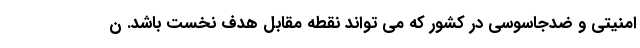
امنیتی و ضدجاسوسی در کشور که می تواند نقطه مقابل هدف نخست باشد. ن